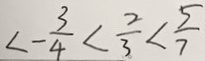
\angle - \frac { 3 } { 4 } < \frac { 2 } { 3 } < \frac { 5 } { 7 }